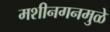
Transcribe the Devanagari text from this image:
मशीनगनमुळे